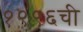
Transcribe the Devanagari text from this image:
१९९६ची